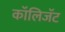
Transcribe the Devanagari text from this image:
कॉलिजॅट